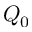
Q _ { 0 }